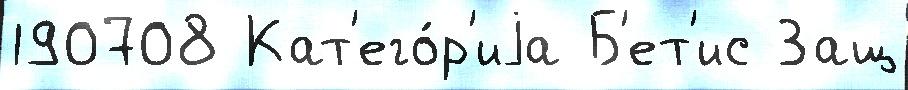
190708 Кат'его́р'иjа Б'ет'ис Защ